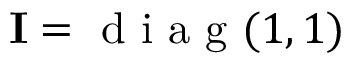
\mathbf { I } = \mathrm { ~ d ~ i ~ a ~ g ~ } ( 1 , 1 )